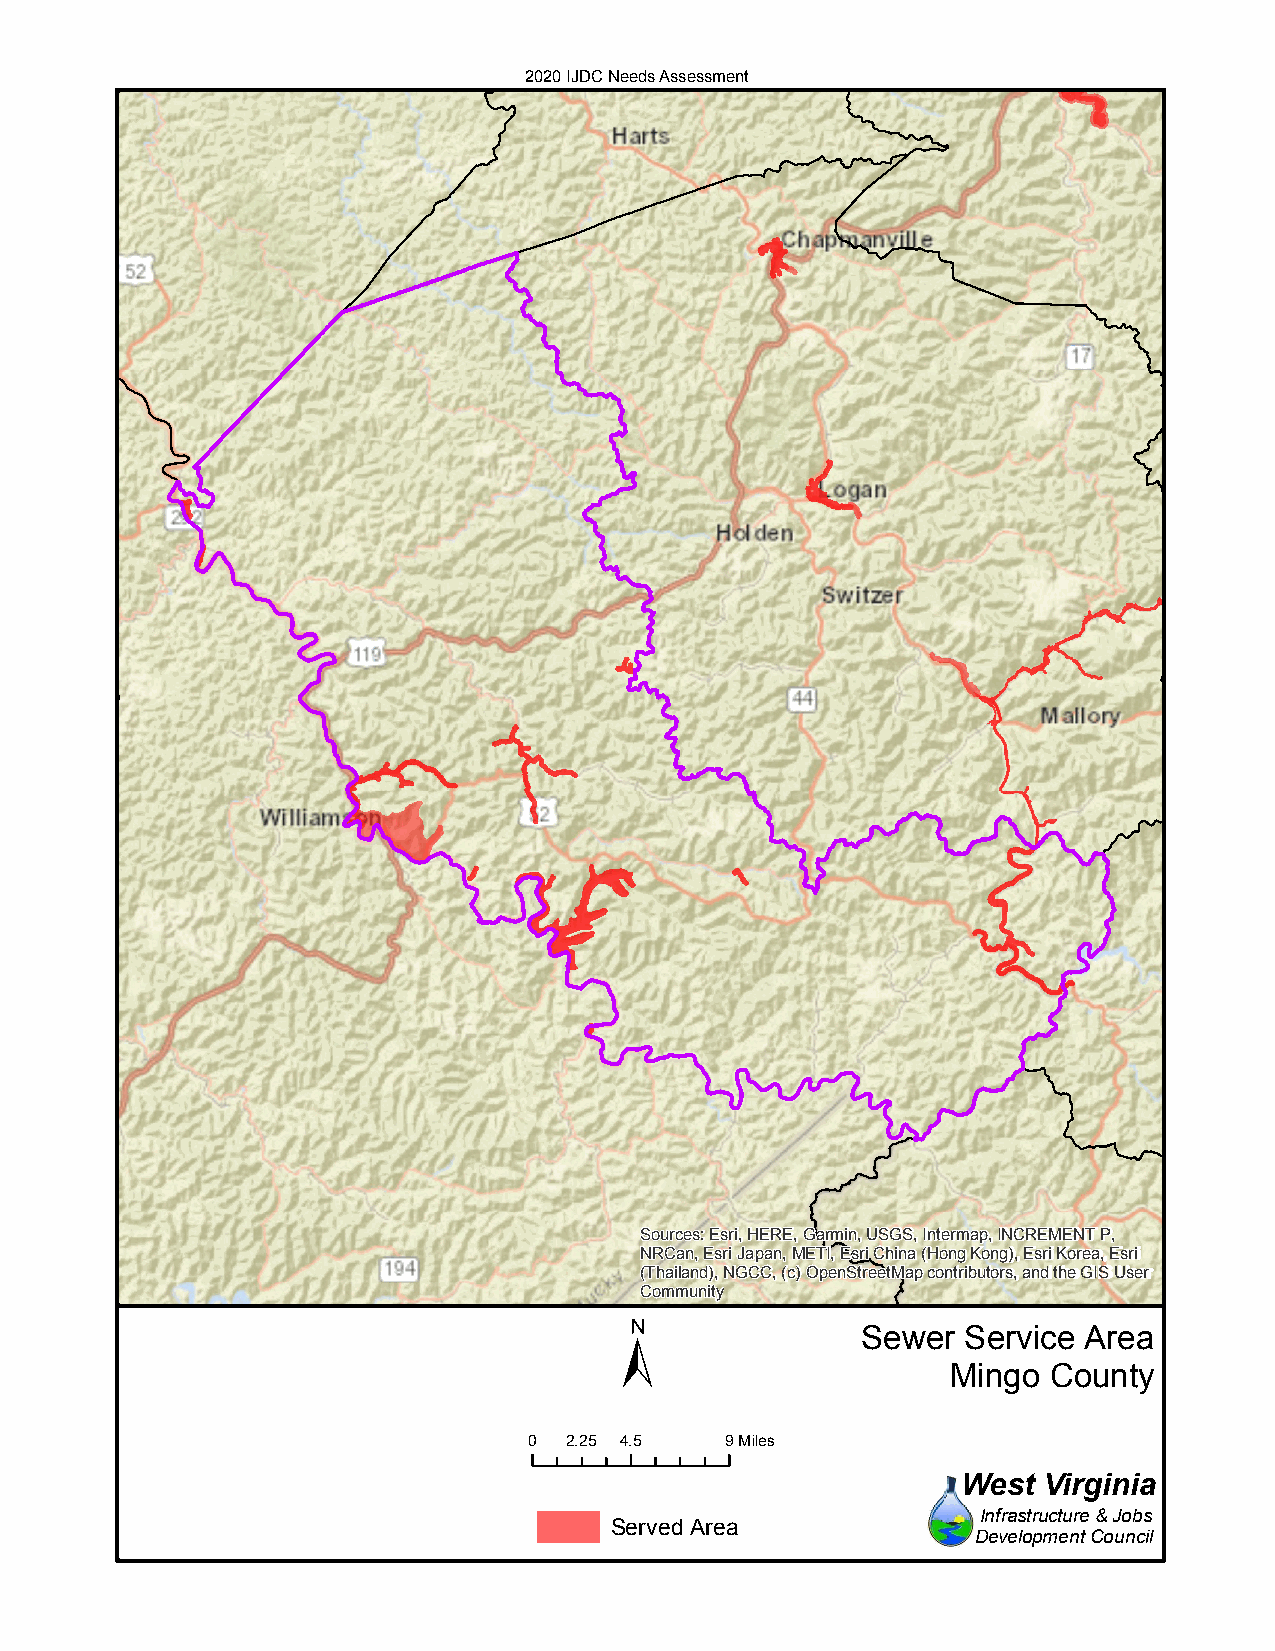
2020 IJDC Needs Assessment
 Sources: Esri, HERE, Garmin, USGS, Intermap, INCREMENT P,
 NRCan, Esri Japan, METI, Esri China (Hong Kong), Esri Korea, Esri
 (Thailand), NGCC, (c) OpenStreetMap contributors, and the GIS User
 Community
 ±
 Sewer  Service Area
 Mingo County
 0  2.25 4.5  9Miles
 West Virginia
 Infrastructure & Jobs
 Served Area
 Development Council